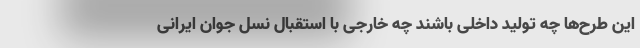
این طرح‌ها چه تولید داخلی باشند چه خارجی با استقبال نسل جوان ایرانی